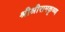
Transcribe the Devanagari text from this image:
श्रीश्रीरामकृष्ण